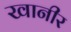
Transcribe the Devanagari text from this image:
खानीर